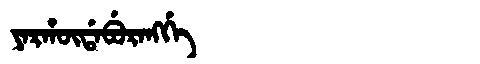
Manchu: ᠶᠠᡵᡥᡡᡩᠠᠪᡠᡵᠠᠩᡤᡝ
Romanization: YARHŪDABURANGGE